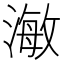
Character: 𭲅